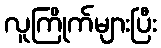
လူကြိုက်များပြီး